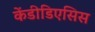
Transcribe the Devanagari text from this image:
केंडीडिएसिस